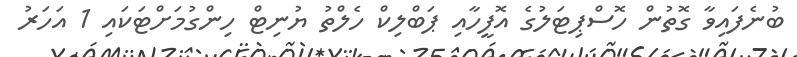
ބުނެފައިވާ ގޮތުން ހޮސްޕިޓަލުގެ އޮފީހާއި ޕަބްލިކް ހެލްތު ޔުނިޓް ހިންގުމަށްޓަކައި 1 އަހަރު